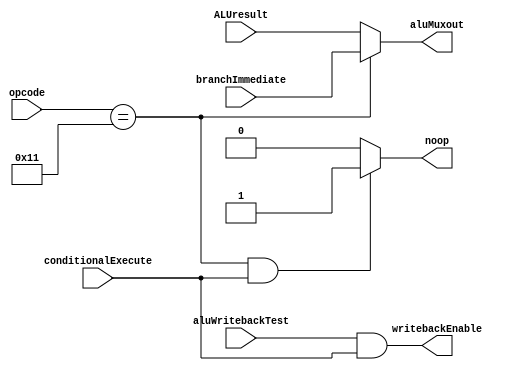
module aluOutputMux(opcode, ALUresult, branchImmediate, conditionalExecute, aluMuxout, aluWritebackTest, writebackEnable, noop);

input wire [4:0] opcode;
input wire [31:0] ALUresult, branchImmediate;
input wire conditionalExecute, aluWritebackTest;

output reg [31:0] aluMuxout;
output reg writebackEnable;
output reg noop;

always @* begin
	writebackEnable = (aluWritebackTest && conditionalExecute);

	if (opcode == 5'b10001)
		aluMuxout = branchImmediate;
	else 
		aluMuxout = ALUresult;

	if ((opcode == 5'b10001) && conditionalExecute)
		noop = 1;
	else 
		noop =0;

	end

endmodule